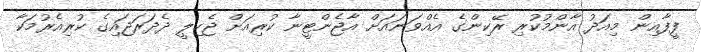
ފީފާއިން މިއަދު އާންމުކުރި ރޭކިންގެ އެއްވަނައަށް އާޖެންޓީނާ ކުރިއަށް ޖެހިލީ ދެދަރަޖައިގެ ކުރިއެރުމަކާ